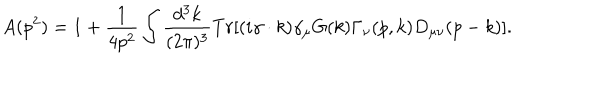
A ( p ^ { 2 } ) = 1 + \frac { 1 } { 4 p ^ { 2 } } \int \frac { d ^ { 3 } k } { ( 2 \pi ) ^ { 3 } } T r \lbrack ( i \gamma \cdot k ) \gamma _ { \mu } G ( k ) \Gamma _ { \nu } ( p , k ) D _ { \mu \nu } ( p - k ) \rbrack .